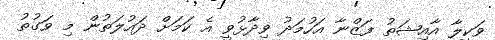
ވަކީލާ އާއިޝަތު ފަޒްނާ އަހުމަދު ވިދާޅުވީ އެ ކަމަށް ދައުލަތުން މި ވަގުތު